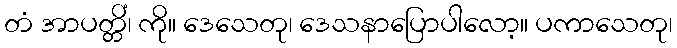
တံ အာပတ္တိံ၊ ကို။ ဒေသေတု၊ ဒေသနာပြောပါလော့။ ပကာသေတု၊